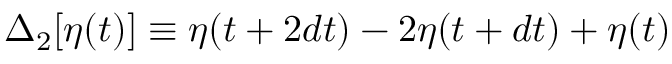
\Delta _ { 2 } [ \eta ( t ) ] \equiv \eta ( t + 2 d t ) - 2 \eta ( t + d t ) + \eta ( t )